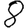
Digit: 8